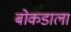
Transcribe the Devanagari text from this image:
बोकडाला